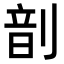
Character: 𫦊